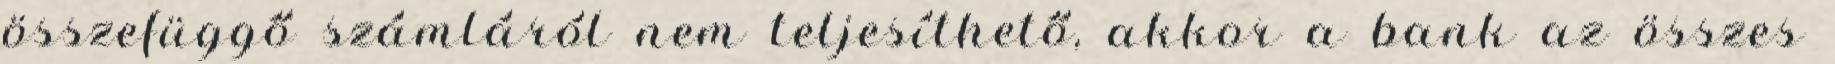
összefüggő számláról nem teljesíthető, akkor a bank az összes